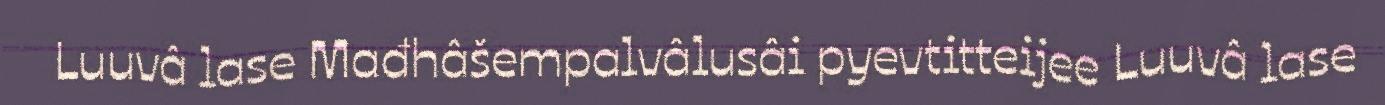
Luuvâ lase Mađhâšempalvâlusâi pyevtitteijee Luuvâ lase